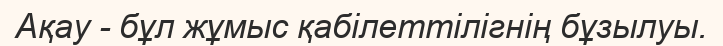
Ақау - бұл жұмыс қабiлеттiлiгнiң бұзылуы.